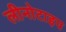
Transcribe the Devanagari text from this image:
लीनोटाइप